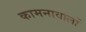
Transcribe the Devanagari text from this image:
कामनावालों